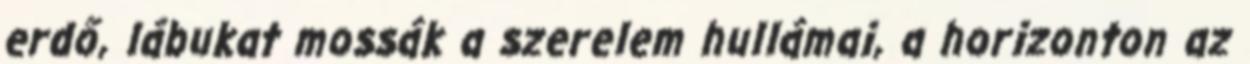
erdő, lábukat mossák a szerelem hullámai, a horizonton az